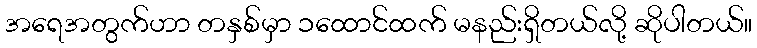
အရေအတွက်ဟာ တနှစ်မှာ ၁ထောင်ထက် မနည်းရှိတယ်လို့ ဆိုပါတယ်။